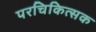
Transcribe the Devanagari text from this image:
परचिकित्सक